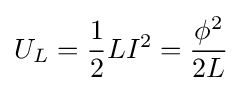
U_{L}={\frac {1}{2}}LI^{2}={\frac {\phi ^{2}}{2L}}